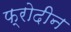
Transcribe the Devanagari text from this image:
फ्रोदीन